Vaccination report Assam 1874-1896 - 1874-1896
Year: 1874
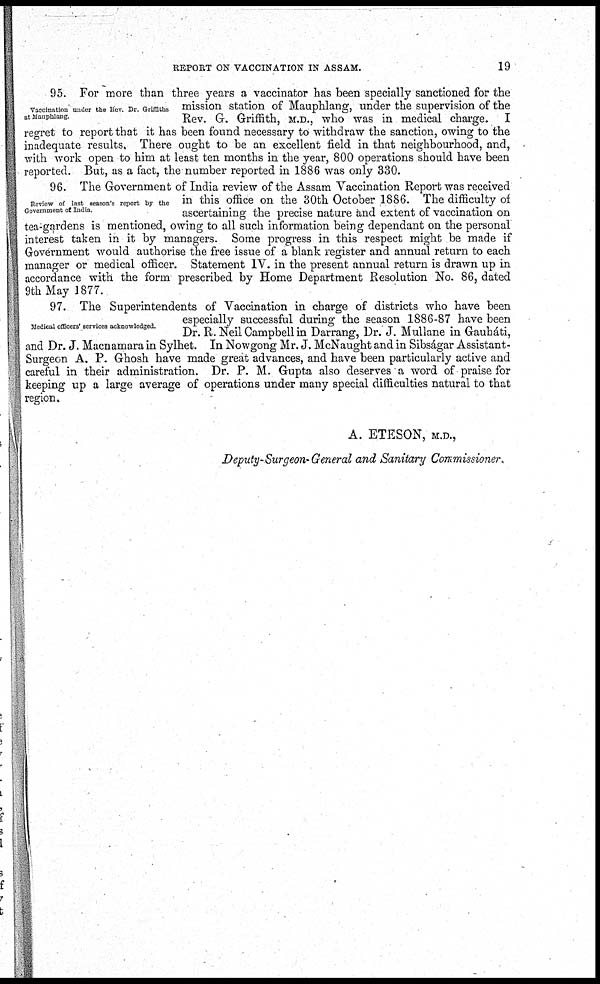
REPORT ON VACCINATION IN ASSAM.
19
Vaccination under the Rev. Dr. Griffiths
at Mauphlang
95. For more than three years a vaccinator has been specially sanctioned for the
mission station of Mauphlang, under the supervision of the
Rev. G. Griffith, M.D., who was in medical charge. I
regret to report that it has been found necessary to withdraw the sanction, owing to the
inadequate results. There ought to be an excellent field in that neighbourhood, and,
with work open to him at least ten months in the year, 800 operations should have been
reported. But, as a fact, the number reported in 1886 was only 330.
Review of last season's report by the
Government of India.
96. The Government of India review of the Assam Vaccination Report was received
in this office on the 30th October 1886. The difficulty of
ascertaining the precise nature and extent of vaccination on
tea-gardens is mentioned, owing to all such information being dependant on the personal
interest taken in it by managers. Some progress in this respect might be made if
Government would authorise the free issue of a blank register and annual return to each
manager or medical officer. Statement IV. in the present annual return is drawn up in
accordance with the form prescribed by Home Department Resolution No. 86, dated
9th May 1877.
Medical officers' services acknowledged.
97. The Superintendents of Vaccination in charge of districts who have been
especially successful during the season 1886-87 have been
Dr. R.Neil Campbell in Darrang, Dr. J. Mullane in Gauháti,
and Dr. J. Macnamara in Sylhet. In Nowgong Mr. J. McNaught and in Sibságar Assistant-
Surgeon A. P. Ghosh have made great advances, and have been particularly active and
careful in their administration. Dr. P. M. Gupta also deserves a word of praise for
keeping up a large average of operations under many special difficulties natural to that
region.
A. ETESON, M.D.,
Deputy-Surgeon-General and Sanitary Commissioner.